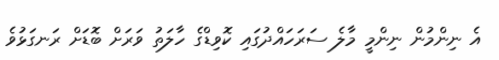
އެ ނިންމުން ނިންމީ މާލެ ސަރަހައްދުގައި ކޮވިޑްގެ ހާލަތު ވަރަށް ބޮޑަށް ރަނގަޅުވެ